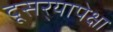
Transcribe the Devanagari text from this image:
दूसर्‍यापेक्षा